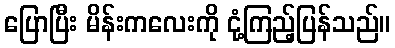
ပြောပြီး မိန်းကလေးကို ငုံ့ကြည့်ပြန်သည်။